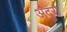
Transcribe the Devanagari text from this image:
अंदुरा